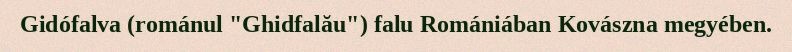
Gidófalva (románul "Ghidfalău") falu Romániában Kovászna megyében.